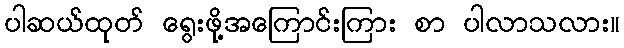
ပါဆယ်ထုတ် ရွေးဖို့အကြောင်းကြား စာ ပါလာသလား။